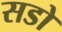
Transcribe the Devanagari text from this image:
सडो